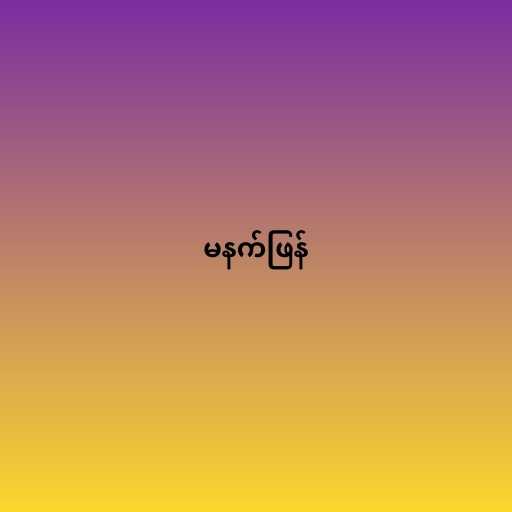
မနက်ဖြန်